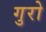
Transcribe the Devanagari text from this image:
गुरो